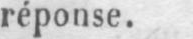
réponse.